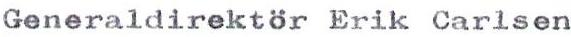
Generaldirektör Erik Carlsen